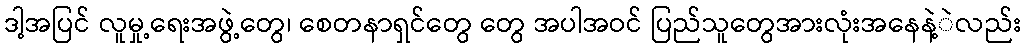
ဒါ့အပြင် လူမှု့ရေးအဖွဲ့တွေ၊ စေတနာရှင်တွေ တွေ အပါအဝင် ပြည်သူတွေအားလုံးအနေနဲ့ဲလည်း